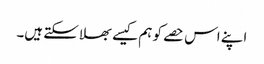
اپنے اس حصے کو ہم کیسے بھلا سکتے ہیں۔